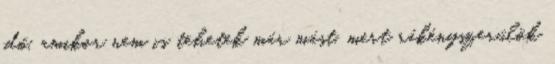
idő, amikor nem is tehetek már mást, mert rákényszerülök